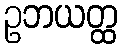
ဥဘယတ္ထ